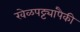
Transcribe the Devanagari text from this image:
खेळपट्ट्यांपैकी